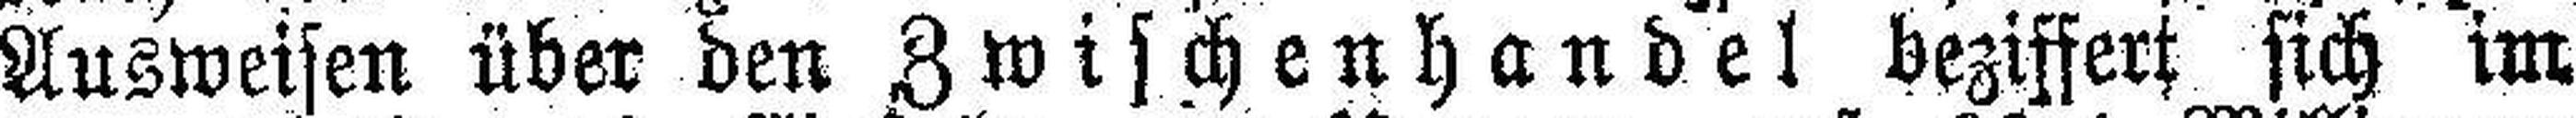
Ausweisen über den Zwischenhandel beziffert sich im